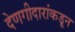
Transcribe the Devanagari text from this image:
देणगीदारांकडून